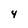
Character: 4